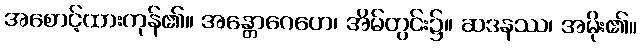
အစောင့်ထားကုန်၏။ အန္တောဂေဟေ၊ အိမ်တွင်း၌။ ဆဒနဿ၊ အမိုး၏။